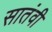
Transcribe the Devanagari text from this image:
सातंवी